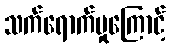
သက်ရောက်မှုကြောင့်